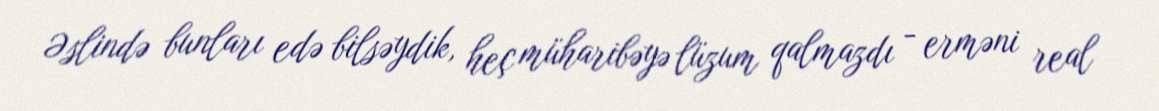
Əslində bunları edə bilsəydik, heç müharibəyə lüzum qalmazdı - erməni real